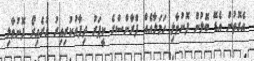
އެގޮތުން އެޑޭ ބޮލުން ފޮނުވާލި ހަމަލާއެއް ފްރާންސްގެ ކީޕަރު ދިފާއުކުރިއިރު ގުރެއިރޯ ފޮނުވާލި